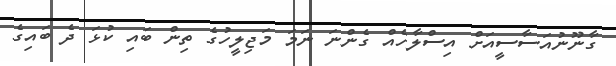
ގާނޫނުއަސާސީއަށް އިސްލާހެއް ގެންނަ ނަމަ މަޖިލީހުގެ ތިން ބައި ކުޅަ ދެ ބައިގެ